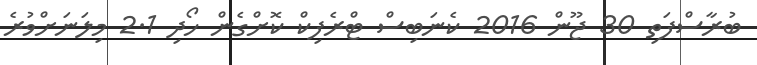
ބުރާސްފަތި 30 ޖޫން 2016 ކެނަބިސް ޓްރެފިކް ކޮށްގެން ހޯދި 2.1 މިލަނަށްވުރެ